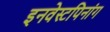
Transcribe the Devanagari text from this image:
इनवेस्टपिनांग